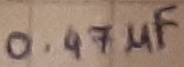
Text: 0.47µF